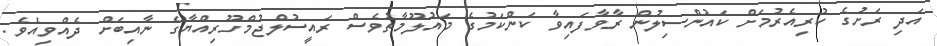
އަދި ރަށުގެ ކުރިއެރުމަށް ކައުންސިލުން ރާވާފައިވާ ކަންކަމުގެ މައުލޫމާތުވެސް ރައީސުލްޖުމްހޫރިއްޔާގެ ނާއިބަށް ދެއްވިއެވެ.